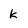
Character: k